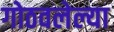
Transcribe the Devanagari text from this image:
गोठवलेल्या